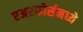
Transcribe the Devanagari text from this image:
एअरफोर्समध्ये